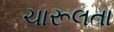
ચારૂલતા